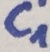
Text: C1